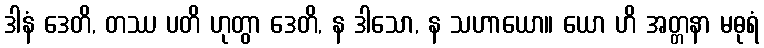
ဒါနံ ဒေတိ, တဿ ပတိ ဟုတွာ ဒေတိ, န ဒါသော, န သဟာယော။ ယော ဟိ အတ္တနာ မဓုရံ